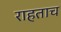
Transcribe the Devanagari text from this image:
राहताच